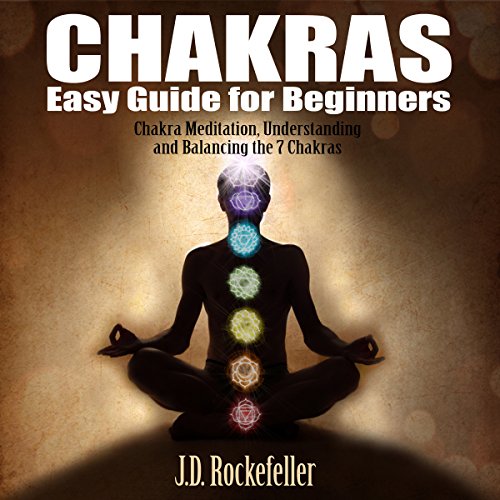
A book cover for Chakras Easy Guide for Beginners: Chakra Meditation, Understanding and Balancing the 7 Chakras; J.D. Rockefeller; Religion & Spirituality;